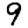
Digit: 9